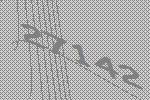
27142